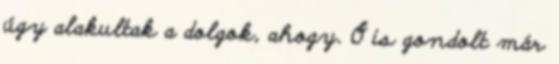
úgy alakultak a dolgok, ahogy. Ő is gondolt már